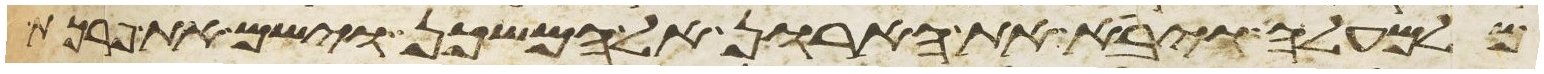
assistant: מלמעלה ויבא את הארון אל המשכן וישם את פרכת